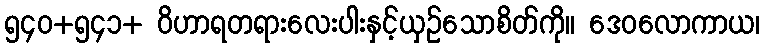
၅၄၀+၅၄၁+ ဝိဟာရတရားလေးပါးနှင့်ယှဉ်သောစိတ်ကို။ ဒေဝလောကာယ၊